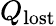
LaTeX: Q_{\mathrm{lost}}